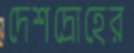
দেশদ্রোহের